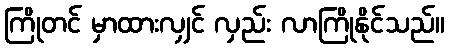
ကြိုတင် မှာထားလျှင် လှည်း လာကြိုနိုင်သည်။